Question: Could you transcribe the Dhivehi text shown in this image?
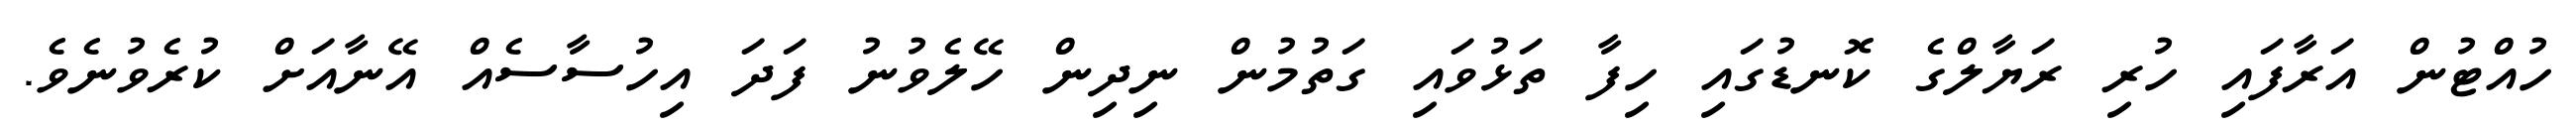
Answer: ހުއްޓުން އަރާފައި ހުރި ރަޔާލްގެ ކޮނޑުގައި ހިފާ ތަޅުވައި ގަތުމުން ނިދިން ހޭލެވުނު ފަދަ އިހުސާސެއް އޭނާއަށް ކުރެވުނެވެ.